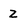
Character: Z